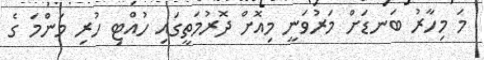
މަ މިހާރު ބަނޑަށް މަރުވަނީ މިއޮށް ދޮރުމަތީގައި ހުއްޓި ހުރި މަންމަ ގެ